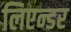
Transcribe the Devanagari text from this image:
लिएन्डर